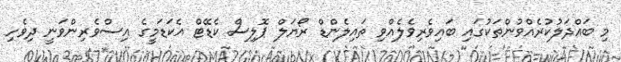
މި ބައްދަލުކުރެއްވުންތަކުގައި ބައިވެރިވެލެއްވި ތައިލެންޑް ރޯޔަލް ޕޮލިސް ކެޑޭޓް އެކަޑަމީގެ އިސްވެރިންވަނީ ދިވެހި